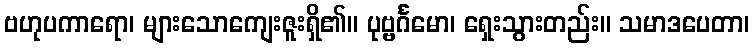
ဗဟုပကာရော၊ များသောကျေးဇူးရှိ၏။ ပုဗ္ဗင်္ဂမော၊ ရှေးသွားတည်း။ သမာဒပေတာ၊